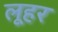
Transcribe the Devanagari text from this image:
लूहर